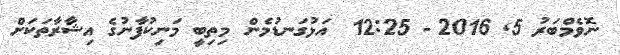
ނޮވެމްބަރު 5